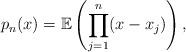
LaTeX: \begin{align*} p_n(x) = \mathbb E \left( \prod^n_{j = 1} (x - x_j) \right),\end{align*}